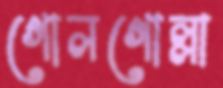
গোলগোল্লা